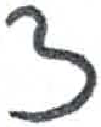
אות: צ